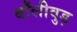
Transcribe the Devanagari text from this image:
बाँलीवुड़